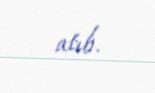
atıb.